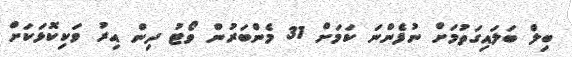
ބިލް ބަލައިގަތުމަށް ނުފެންނަ ކަމަށް 31 މެންބަރުން ވޯޓު ދިން އިރު ވަކިކޮޅަކަށް